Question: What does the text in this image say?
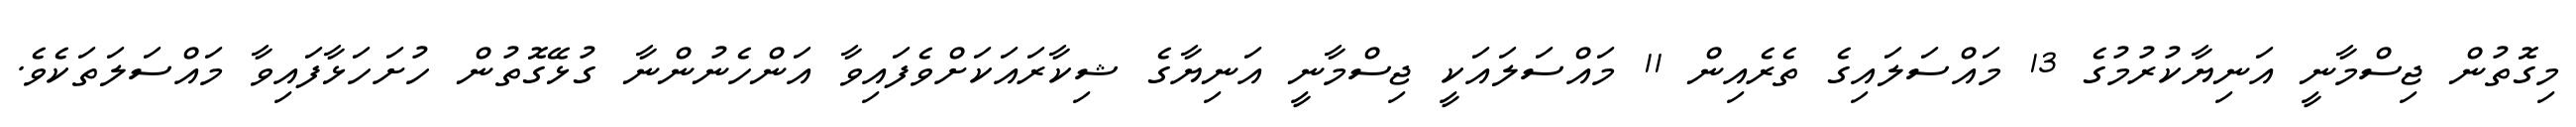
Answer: މިގޮތުން ޖިސްމާނީ އަނިޔާކުރުމުގެ 13 މައްސަލައިގެ ތެރެއިން 11 މައްސަލައަކީ ޖިސްމާނީ އަނިޔާގެ ޝިކާރައަކަށްވެފައިވާ އަންހެނުންނާ ގުޅޭގޮތުން ހުށަހަޅާފައިވާ މައްސަލަތަކެވެ.